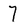
Character: 7